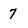
Character: 7